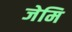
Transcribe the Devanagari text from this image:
जेमि